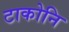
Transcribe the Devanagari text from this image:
टाकोनि